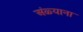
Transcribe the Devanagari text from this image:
अंळ्याना